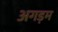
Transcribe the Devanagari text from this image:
अगड़म